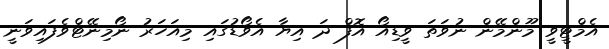
އެމްޓީވީ މޫންމޭން ނުވަތަ ވީޑިއޯ އޮފް ދަ އިޔާ އެވޯޑުގައި މިއަހަރު ނޯމިނޭޓްވެފައިވަނީ